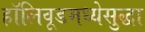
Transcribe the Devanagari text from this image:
हॉलिवूडमध्येसुद्धा